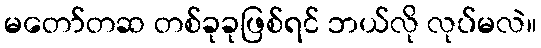
မတော်တဆ တစ်ခုခုဖြစ်ရင် ဘယ်လို လုပ်မလဲ။